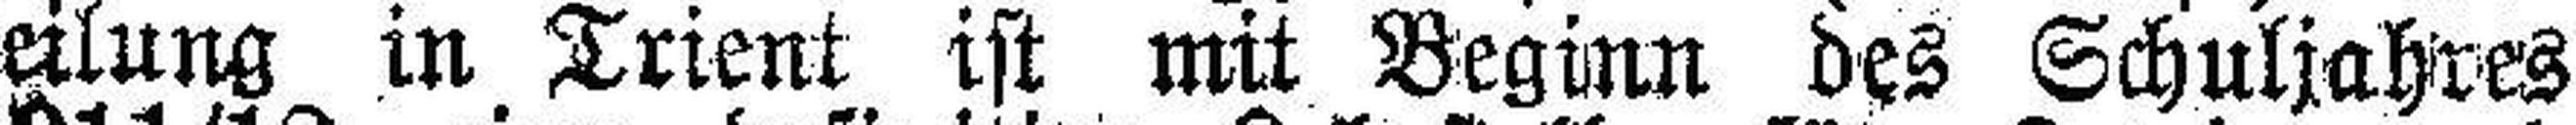
teilung in Trient ist mit Beginn des Schuljahres